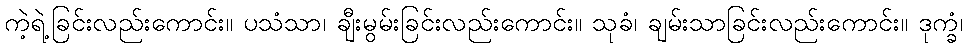
ကဲ့ရဲ့ခြင်းလည်းကောင်း။ ပသံသာ၊ ချီးမွမ်းခြင်းလည်းကောင်း။ သုခံ၊ ချမ်းသာခြင်းလည်းကောင်း။ ဒုက္ခံ၊